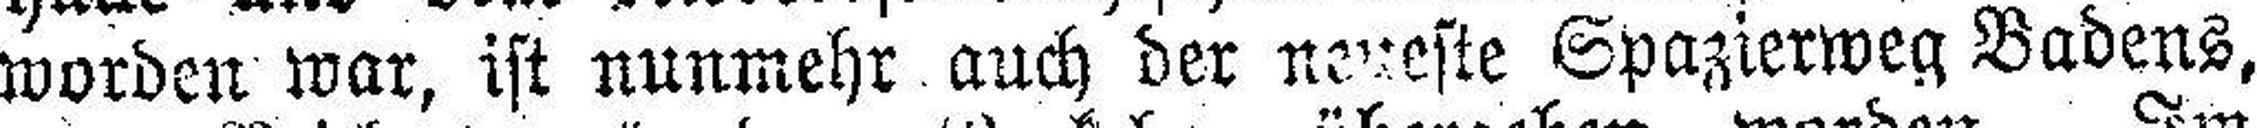
worden war, ist nunmehr auch der neueste Spazierweg Badens,